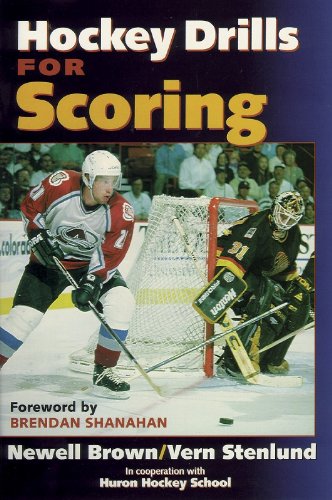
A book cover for Hockey Drills for Scoring; Newell Brown; Sports & Outdoors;